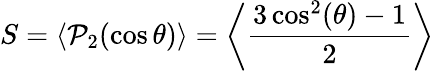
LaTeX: S=\langle\mathcal{P}_{2}(\cos\theta)\rangle=\left\langle{\frac{{3\cos^{2}(\theta)-1}}{{2}}}\right\rangle